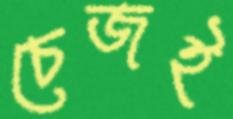
চেজই